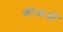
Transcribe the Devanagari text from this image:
खोजाओं